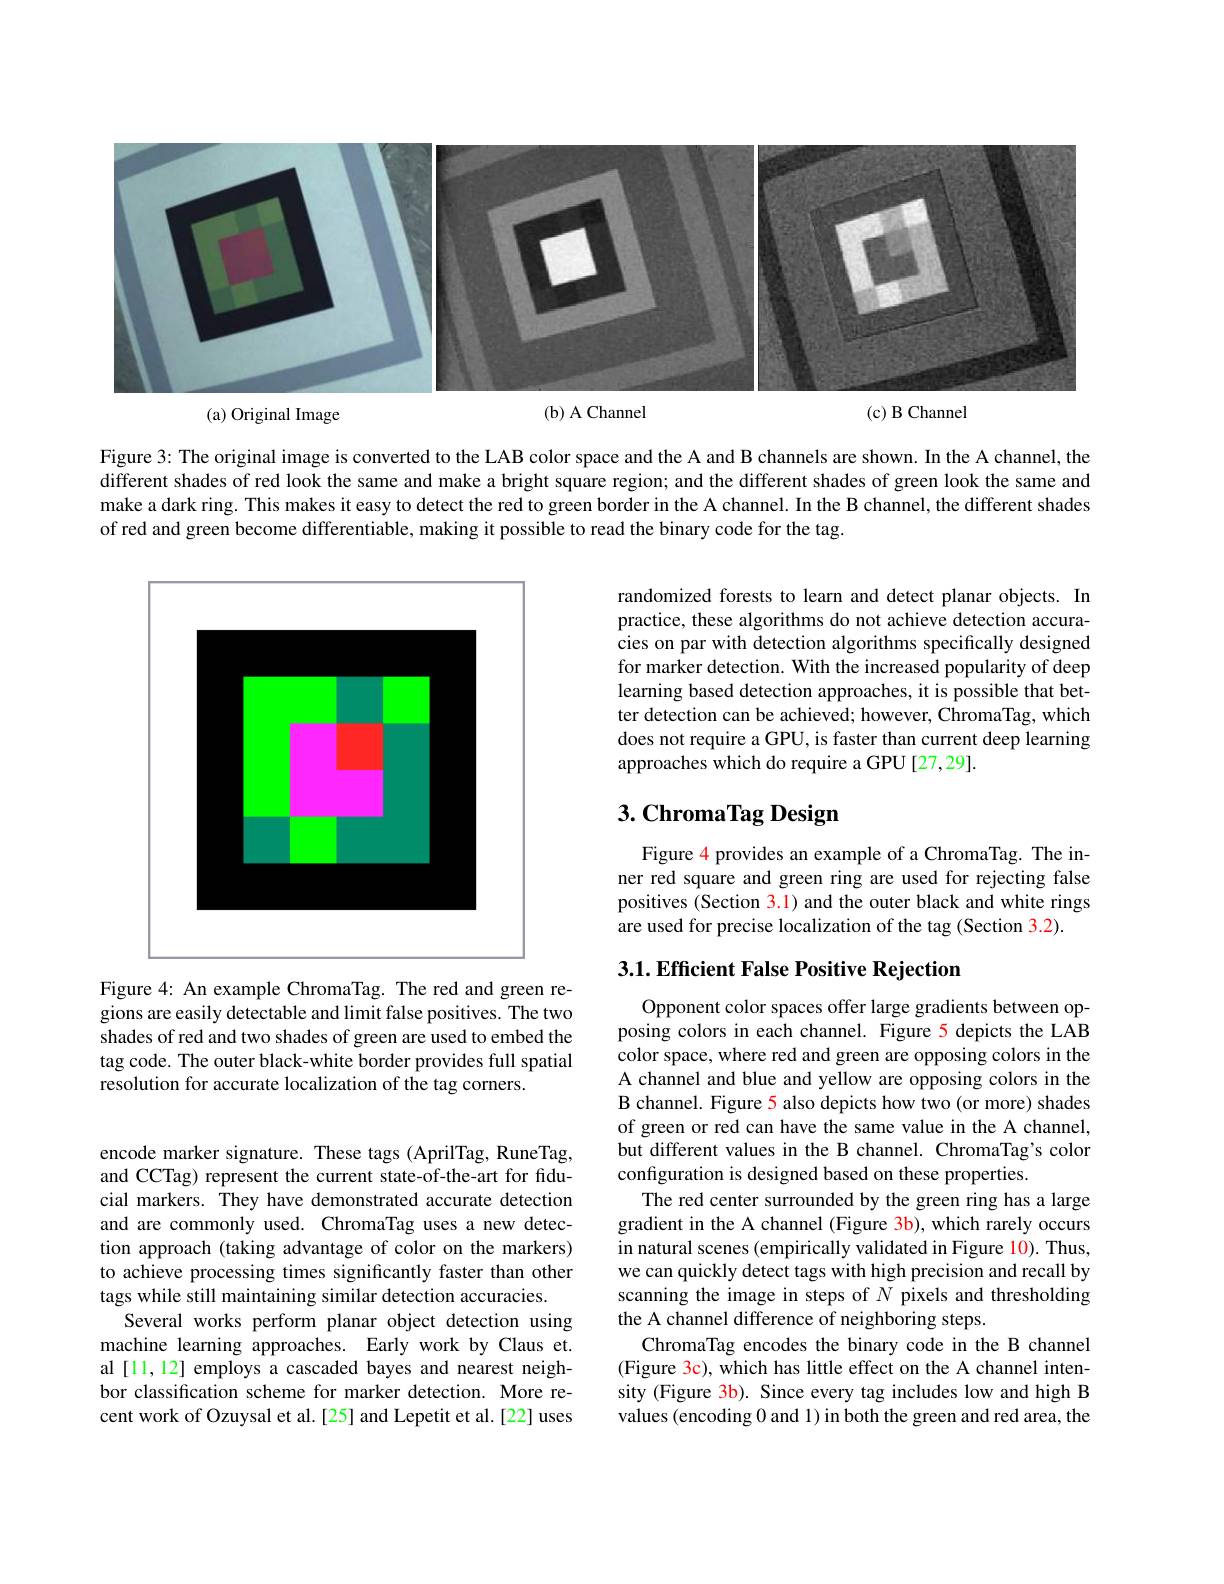
<FigureHere>
$(\mathbf{b})$ A Channel
(c)B Channel
(a) Original Image

Figure 3: The original image is converted to the LAB color space and the A and B channels are shown. In the A channel, the different shades of red look the same and make a bright square region; and the different shades of green look the same and make a dark ring. This makes it easy to detect the red to green border in the A channel. In the B channel, the different shades of red and green become differentiable, making it possible to read the binary code for the tag.

randomized forests to learn and detect planar objects. In practice, these algorithms do not achieve detection accuracies on par with detection algorithms specifically designed for marker detection. With the increased popularity of deep learning based detection approaches, it is possible that better detection can be achieved; however, ChromaTag, which does not require a GPU, is faster than current deep learning approaches which do require a GPU [27,29].

<FigureHere>

# 3. ChromaTag Design

Figure 4 provides an example of a ChromaTag. The inner red square and green ring are used for rejecting false positives (Section 3.1) and the outer black and white rings are used for precise localization of the tag (Section 3.2).

## 3.1. Efficient False Positive Rejection

Figure 4: An example ChromaTag. The red and green regions are easily detectable and limit false positives. The two shades of red and two shades of green are used to embed the tag code. The outer black-white border provides full spatial resolution for accurate localization of the tag corners.

Opponent color spaces offer large gradients between opposing colors in each channel. Figure 5 depicts the LAB color space, where red and green are opposing colors in the A channel and blue and yellow are opposing colors in the B channel. Figure 5 also depicts how two (or more) shades of green or red can have the same value in the A channel, but different values in the B channel. ChromaTag's color configuration is designed based on these properties.
The red center surrounded by the green ring has a large gradient in the A channel (Figure 3b), which rarely occurs in natural scenes (empirically validated in Figure 10). Thus, we can quickly detect tags with high precision and recall by scanning the image in steps of $N$ pixels and thresholding the A channel difference of neighboring steps.
ChromaTag encodes the binary code in the B channel (Figure 3c), which has little effect on the A channel intensity (Figure 3b). Since every tag includes low and high B values (encoding 0 and 1) in both the green and red area, the

encode marker signature. These tags (AprilTag, RuneTag, and CCTag) represent the current state-of-the-art for fiducial markers. They have demonstrated accurate detection and are commonly used. ChromaTag uses a new detection approach (taking advantage of color on the markers) to achieve processing times significantly faster than other tags while still maintaining similar detection accuracies.
Several works perform planar object detection using machine learning approaches. Early work by Claus et. al [11,12] employs a cascaded bayes and nearest neighbor classification scheme for marker detection. More recent work of Ozuysal et al.[25] and Lepetit et al.[22] uses